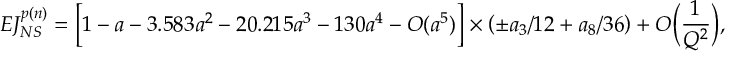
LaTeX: E J _ { N S } ^ { p ( n ) } = \bigg [ 1 - a - 3 . 5 8 3 a ^ { 2 } - 2 0 . 2 1 5 a ^ { 3 } - 1 3 0 a ^ { 4 } - O ( a ^ { 5 } ) \bigg ] \times \left( \pm a _ { 3 } / 1 2 + a _ { 8 } / 3 6 \right) + O \bigg ( \frac { 1 } { Q ^ { 2 } } \bigg ) ,